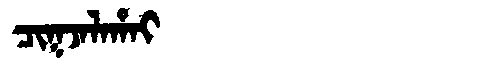
Manchu: ᠴᡳᡴᠵᠠᠯᠠᡥᠠᡳ
Romanization: CIKJALAHAI